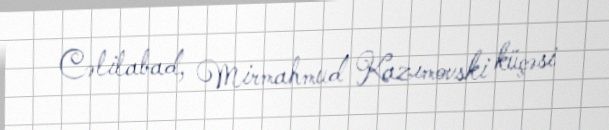
Cəlilabad, Mirmahmud Kazımovski küçəsi